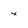
Character: x